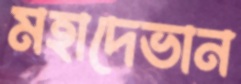
মহাদেভান